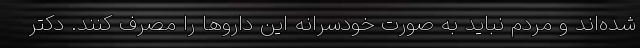
شده‌اند و مردم نباید به صورت خودسرانه این داروها را مصرف کنند. دکتر